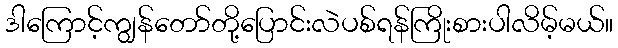
ဒါကြောင့်ကျွန်တော်တို့ပြောင်းလဲပစ်ရန်ကြိုးစားပါလိမ့်မယ်။